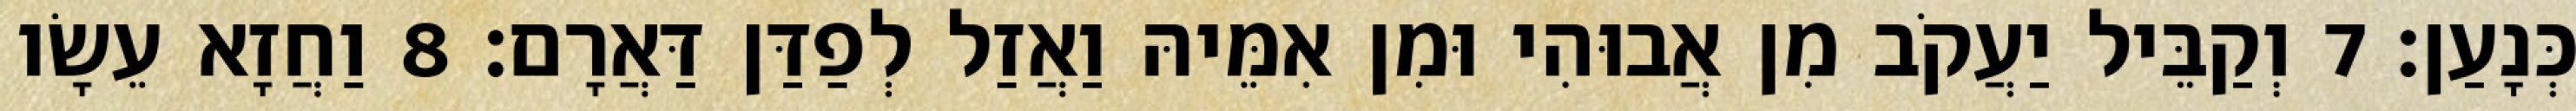
כְּנָעַן׃ 7 וְקַבֵּיל יַעֲקֹב מִן אֲבוּהִי וּמִן אִמֵּיהּ וַאֲזַל לְפַדַּן דַּאֲרָם׃ 8 וַחֲזָא עֵשָׂו